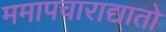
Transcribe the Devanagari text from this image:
ममापचाराद्यातो